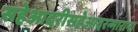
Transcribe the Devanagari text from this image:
सहेआदरीसहेआदरन्मारान।